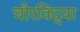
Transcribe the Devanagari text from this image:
चौरविद्या